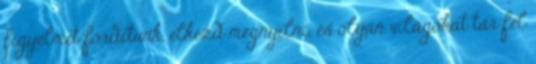
figyelmet fordítunk, elkezd megnyílni, és olyan világokat tár fel